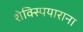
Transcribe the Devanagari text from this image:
शेक्स्पियाराना